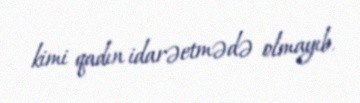
kimi qadın idarəetmədə olmayıb.